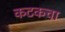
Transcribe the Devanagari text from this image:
कटकचा